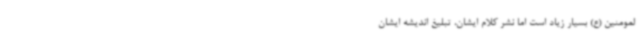
لمومنین (ع) بسیار زیاد است اما نشر کلام ایشان، تبلیغ اندیشه ایشان